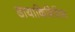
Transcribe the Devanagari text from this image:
डायाकिनिसिस